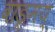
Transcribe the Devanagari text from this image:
वाङ्मय्